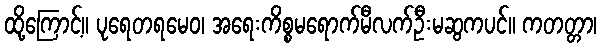
ထို့ကြောင့်။ ပုရေတရမေဝ၊ အရေးကိစ္စမရောက်မီလက်ဦးမဆွကပင်။ ကတတ္တာ၊